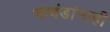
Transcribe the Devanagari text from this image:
भावंडांनाही